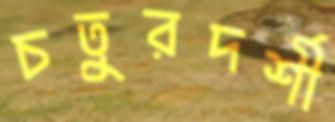
চতুরদর্শী